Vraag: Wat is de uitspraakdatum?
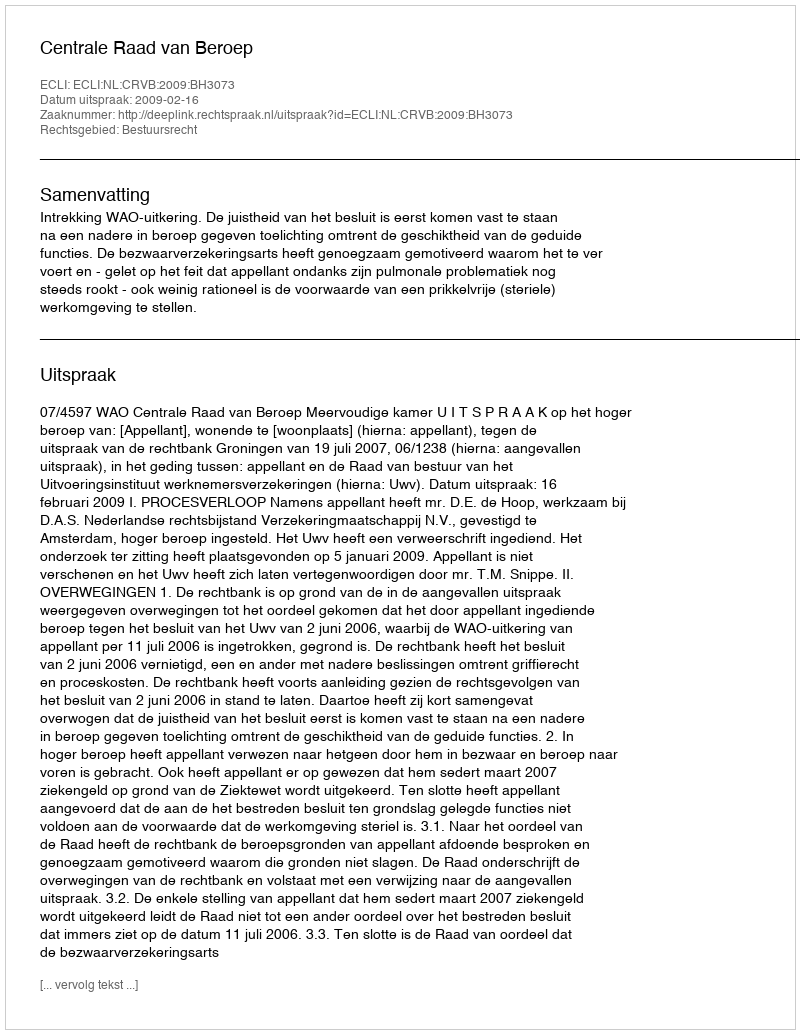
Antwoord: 2009-02-16